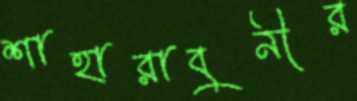
শাহারাবুনীর